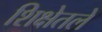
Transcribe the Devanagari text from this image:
शिक्षेतले